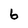
Character: 6